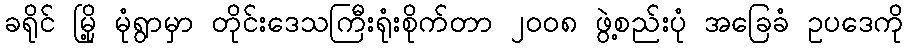
ခရိုင် မြို့ မုံရွာမှာ တိုင်းဒေသကြီးရုံးစိုက်တာ ၂ဝဝ၈ ဖွဲ့စည်းပုံ အခြေခံ ဥပဒေကို